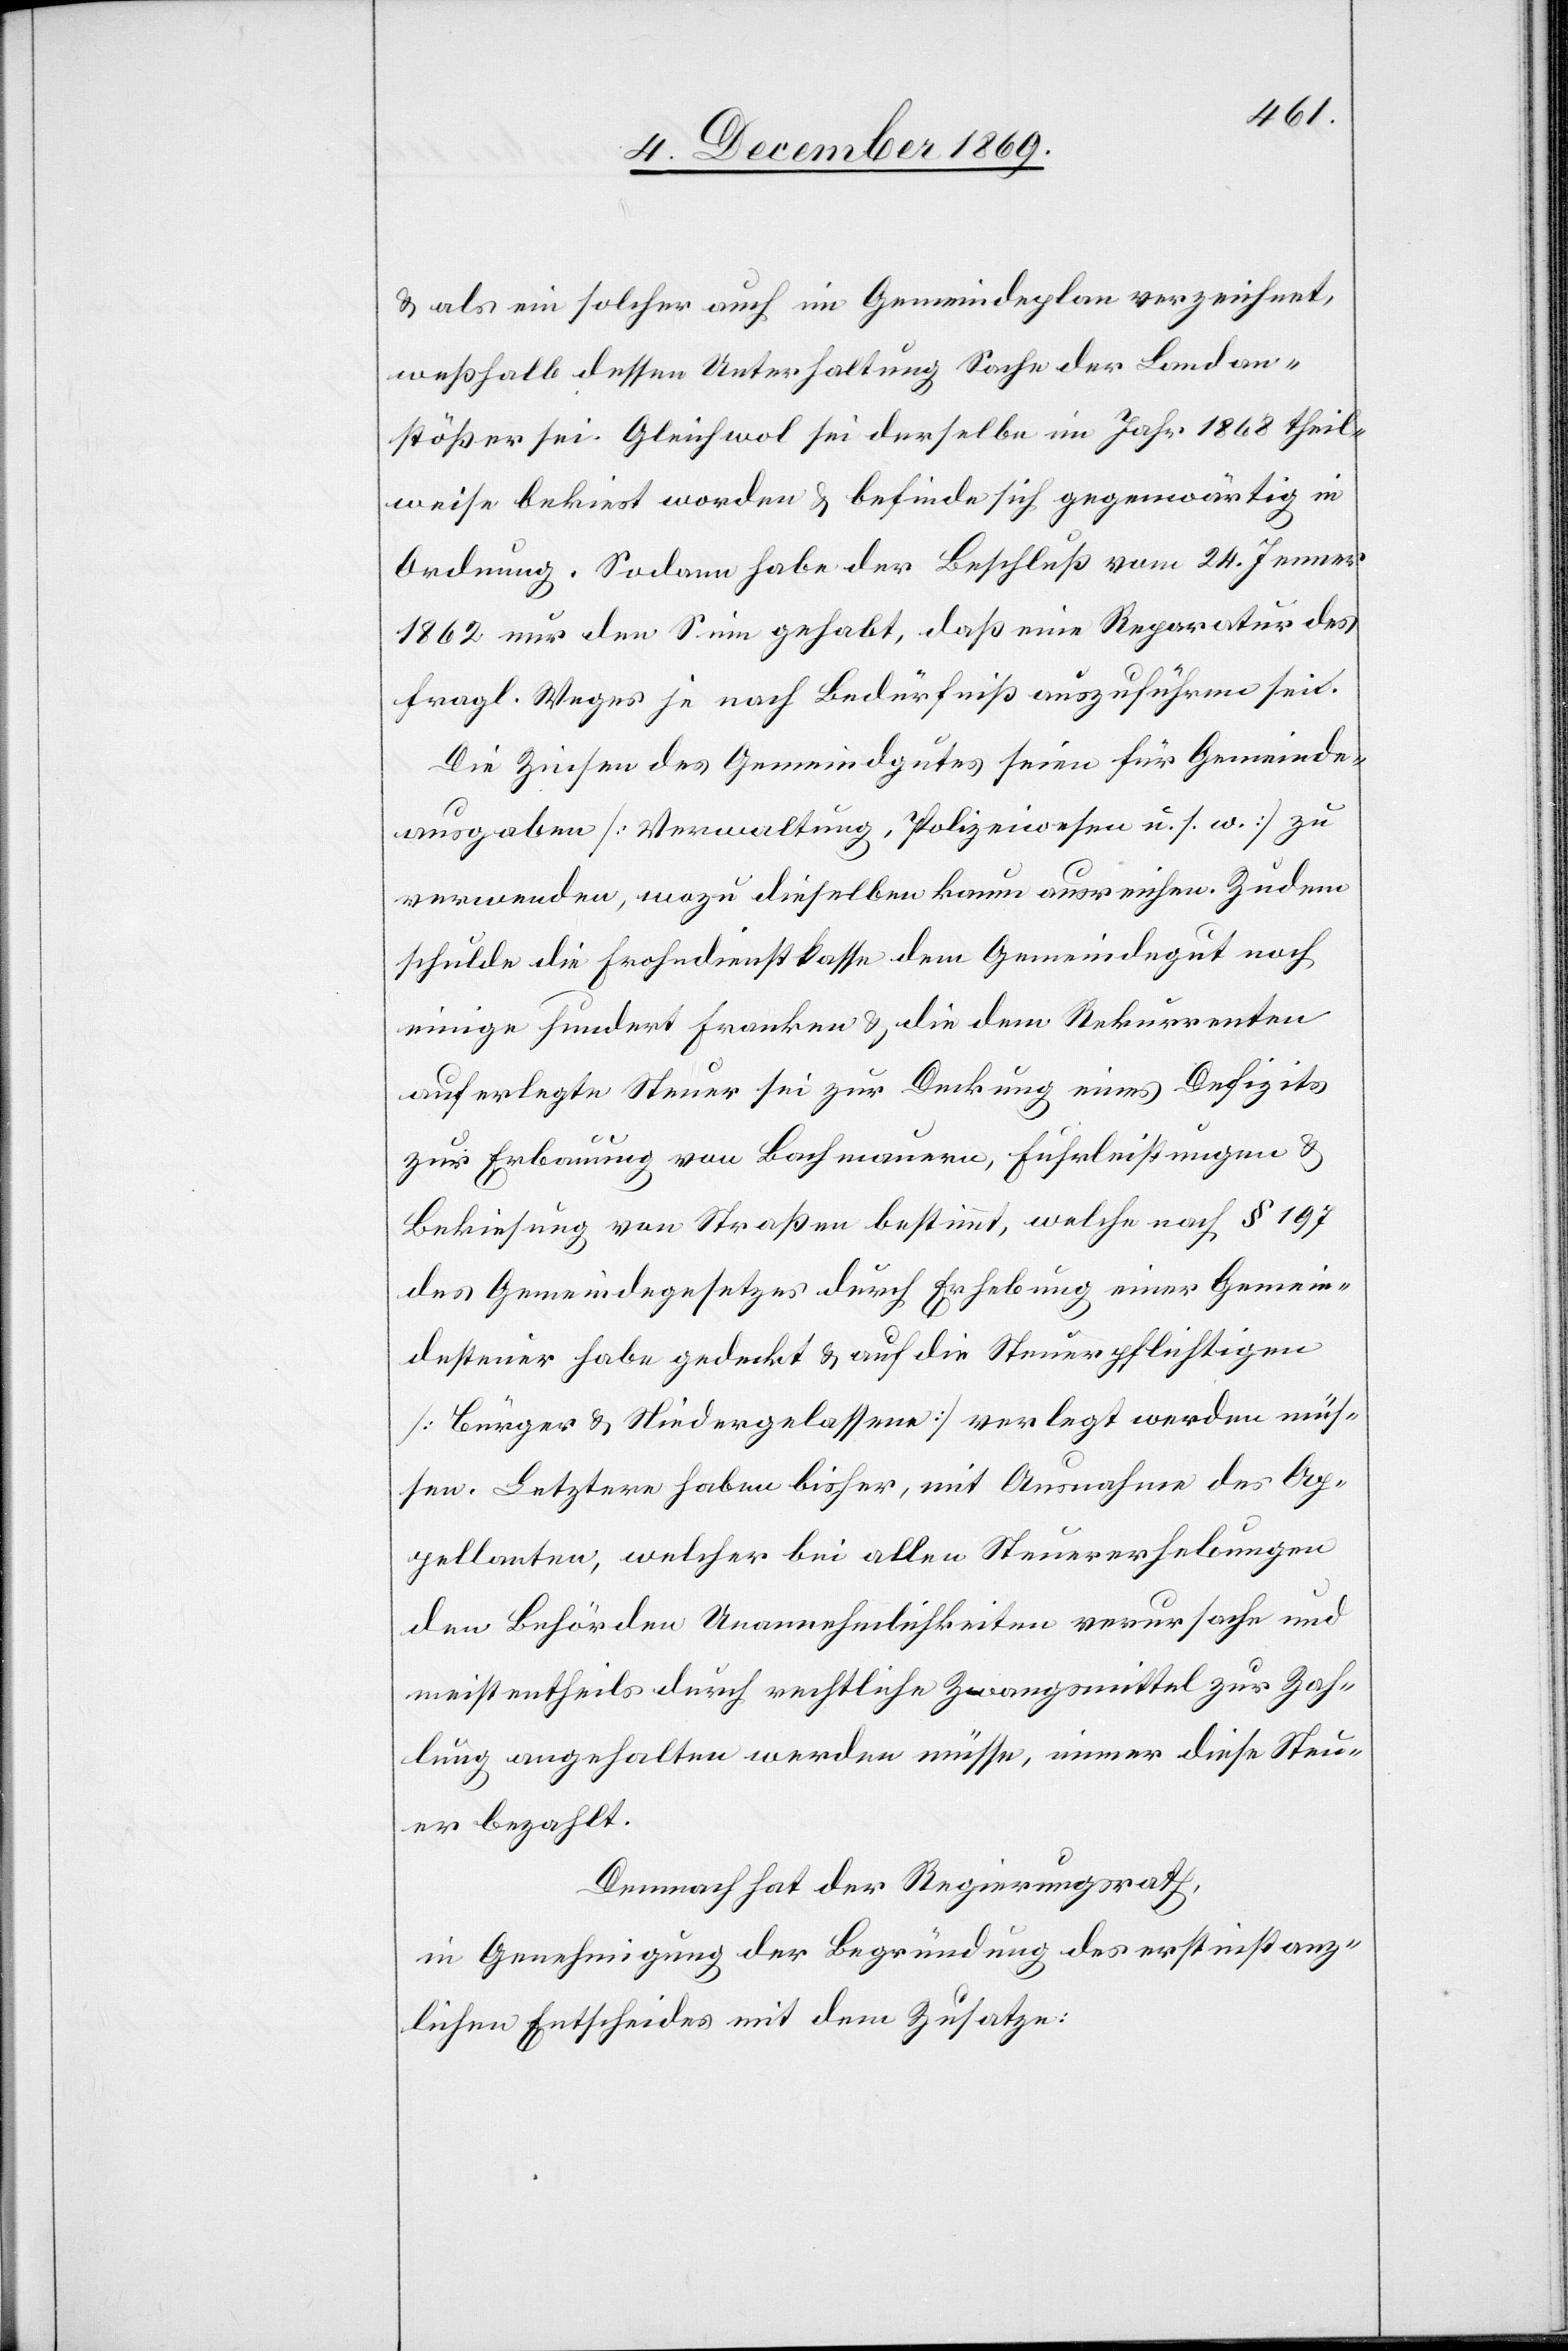
& als ein solcher auch im Gemeindeplan verzeichnet,
weßhalb dessen Unterhaltung Sache der Landan¬
stößer sei. Gleichwol sei derselbe im Jahr 1868 theil¬
weise bekiest worden & befinde sich gegenwärtig in
Ordnung. Sodann habe der Beschluß vom 24. Jenner
1862 nur den Sinn gehabt, daß eine Reparatur des
fragl. Weges je nach Bedürfniß auszuführen sei.
Die Zinsen des Gemeindgutes seien für Gemeinde¬
ausgaben [Verwaltung, Polizeiwesen u. s. w.] zu
verwenden, wozu dieselben kaum ausreichen. Zudem
schulde die Frohndienstkasse dem Gemeindegut noch
einige hundert Franken & die dem Rekurrenten
auferlegte Steuer sei zur Deckung eines Defizits
zur Erbauung von Bachmauern, Fuhrleistungen &
Bekiesung von Straßen bestimmt, welche nach § 197
des Gemeindegesetzes durch Erhebung einer Gemein¬
desteuer habe gedeckt & auf die Steuerpflichtigen
[Bürger & Niedergelassene] verlegt werden müs¬
sen. Letztere haben bisher, mit Ausnahme des Ap¬
pellanten, welcher bei allen Steuererhebungen
den Behörden Unannehmlichkeiten verursache und
meistentheils durch rechtliche Zwangsmittel zur Zah¬
lung angehalten werden müsse, immer diese Steu¬
er bezahlt.
Demnach hat der Regierungsrath,
in Genehmigung der Begründung des erstinstanz¬
lichen Entscheides mit dem Zusatze: